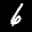
Label: 6